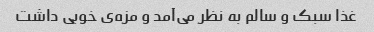
غذا سبک و سالم به نظر می‌آمد و مزه‌ی خوبی داشت